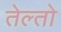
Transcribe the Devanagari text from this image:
तेल्तो